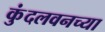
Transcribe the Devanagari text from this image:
कुंदलवनच्या